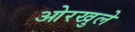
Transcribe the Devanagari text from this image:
ओरखुले